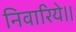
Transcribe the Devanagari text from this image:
निवारिये।।